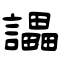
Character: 讄